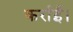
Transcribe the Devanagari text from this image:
कर्राईं।